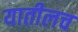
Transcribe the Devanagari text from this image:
यातीलच